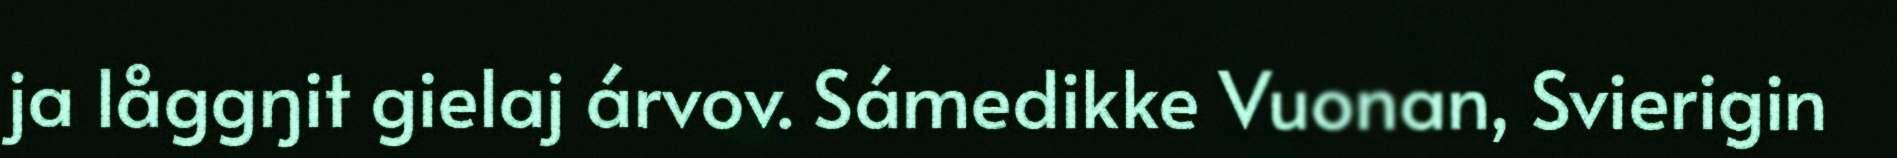
ja låggŋit gielaj árvov. Sámedikke Vuonan, Svierigin